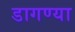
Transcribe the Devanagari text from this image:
डागण्या